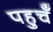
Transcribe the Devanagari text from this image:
पहुचँ